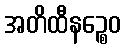
အတိထီနဉ္စေဝ